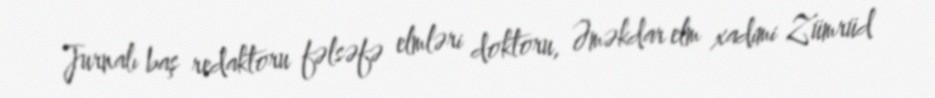
Jurnalı baş redaktoru fəlsəfə elmləri doktoru, Əməkdar elm xadimi Zümrüd